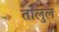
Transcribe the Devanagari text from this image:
तालुल